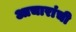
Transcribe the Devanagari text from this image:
आचारांची